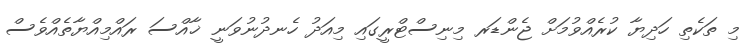
މި ތަކެތި ހަދިޔާ ކުރެއްވުމަށް ޖެންޑަރ މިނިސްޓްރީގައި މިއަދު ހެނދުނުވަނީ ޚާއްސަ ރައްމިއްޔާތެއްވެސް